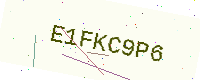
Text: E1FKC9P6